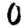
Digit: 0